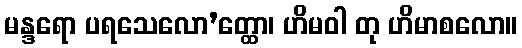
မန္ဒရော ပရသေလော’တ္ထော၊ ဟိမဝါ တု ဟိမာစလော။